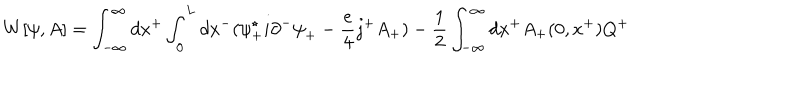
W [ { \psi } , A ] = \int _ { - \infty } ^ { \infty } d x ^ { + } \int _ { 0 } ^ { L } d x ^ { - } ( { \psi } _ { + } ^ { \star } i { \partial } ^ { - } { \psi } _ { + } - \frac { e } { 4 } j ^ { + } A _ { + } ) - \frac { 1 } { 2 } \int _ { - \infty } ^ { \infty } d x ^ { + } A _ { + } ( 0 , x ^ { + } ) Q ^ { + }